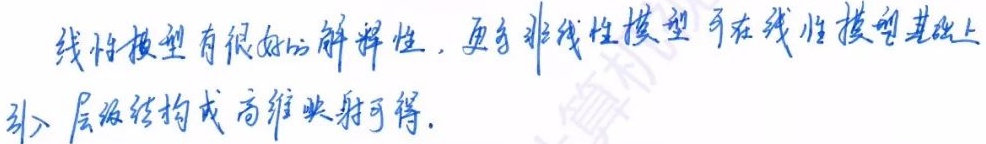
线性模型有很好的解释性，更多非线性模型可在线性模型基础上引入层级结构或高维映射可得。